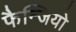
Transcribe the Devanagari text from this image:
फैन्जियो